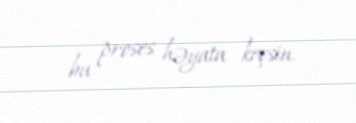
bu proses həyata keçsin.